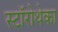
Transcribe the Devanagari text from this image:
स्टॉरोथेका